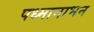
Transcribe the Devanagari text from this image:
पध्मानाभन